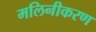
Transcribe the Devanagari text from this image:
मलिनीकरण